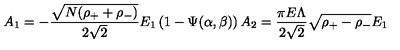
A _ { 1 } = - \frac { \sqrt { N ( \rho _ { + } + \rho _ { - } ) } } { 2 \sqrt 2 } E _ { 1 } \left( 1 - \Psi ( \alpha , \beta ) \right) A _ { 2 } = \frac { \pi E \Lambda } { 2 \sqrt 2 } \sqrt { \rho _ { + } - \rho _ { - } } E _ { 1 }